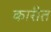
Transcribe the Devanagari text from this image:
कारीत